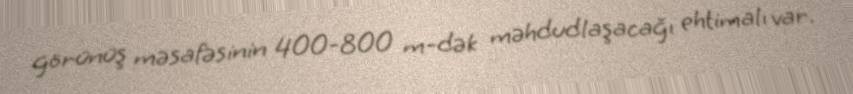
görünüş məsafəsinin 400-800 m-dək məhdudlaşacağı ehtimalı var.